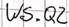
Text: WS.Q2